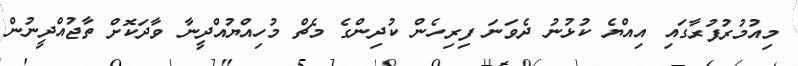
މިއުމުރުފުރާގައި އިއްޔެ ކުޅުނު ދެވަނަ ފިރިހެން ކުދިންގެ މެޗް މުހިއްޔުއްދީނާ ވާދަކޮށް ތާޖުއްދީނުން